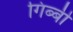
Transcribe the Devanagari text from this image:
गिब्बी